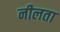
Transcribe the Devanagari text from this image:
नीलता